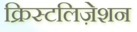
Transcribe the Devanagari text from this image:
क्रिस्टलिज़ेशन